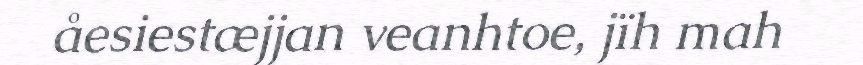
åesiestæjjan veanhtoe, jïh mah